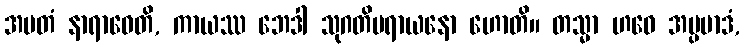
အမတံ နာရာဓေတိ, ကာယဿ ဘေဒါ သုဂတိပရာယနော ဟောတိ။ တသ္မာ ဟဝေ အပ္ပမာဒံ,